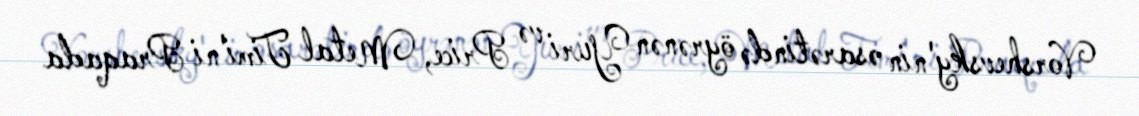
Vorshevsky'nin əsarətində öyrənən Yuri və Price, Metal Timi'ni Praqada